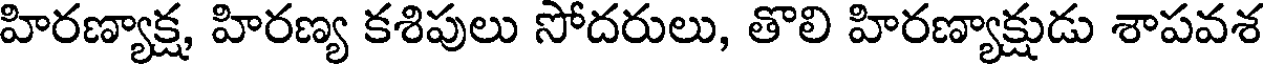
హిరణ్యాక్ష, హిరణ్య కశిపులు సోదరులు, తొలి హిరణ్యాక్షుడు శాపవశ